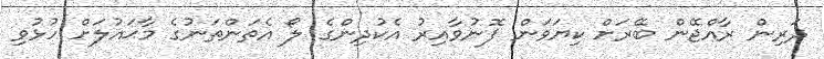
ދަރިން ރާއްޖޭން ބޭރަށް ކިޔަވަން ފޮނުވާއިރު އެކުދިންގެ ލޯ އެތަންތަނުގެ މާޙައުލަށް ހުޅުވި